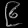
Digit: ၉